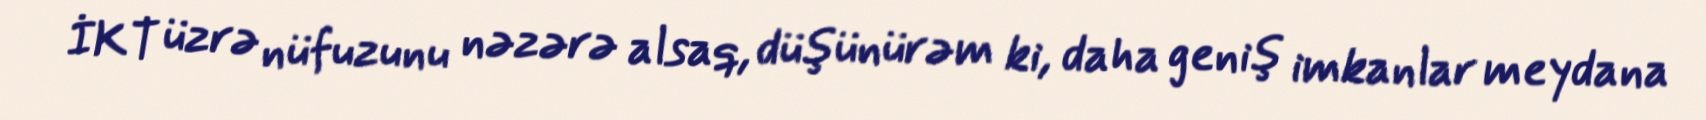
İKT üzrə nüfuzunu nəzərə alsaq, düşünürəm ki, daha geniş imkanlar meydana